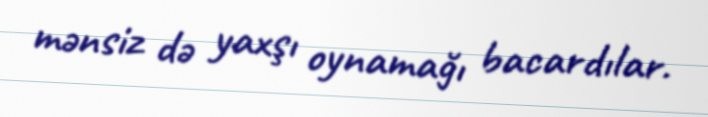
mənsiz də yaxşı oynamağı bacardılar.